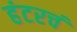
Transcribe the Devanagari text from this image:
हंटरचं